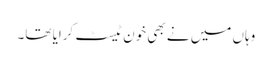
وہاں میں نے بھی خون ٹیسٹ کرایا تھا۔